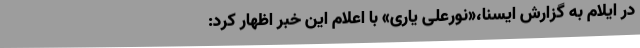
در ایلام به گزارش ایسنا،«نورعلی یاری» با اعلام این خبر اظهار کرد: